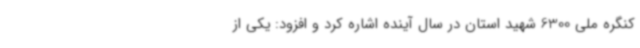
کنگره ملی 6300 شهید استان در سال آینده اشاره کرد و افزود: یکی از